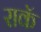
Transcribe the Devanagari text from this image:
राकॅ